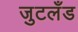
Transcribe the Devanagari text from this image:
जुटलँड